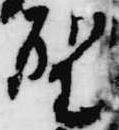
聖